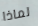
لماذا